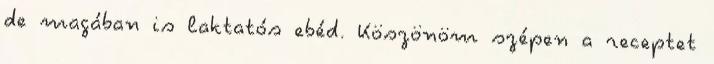
de magában is laktatós ebéd. Köszönöm szépen a receptet